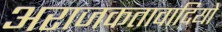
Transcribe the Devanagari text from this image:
अराजकतावादियों